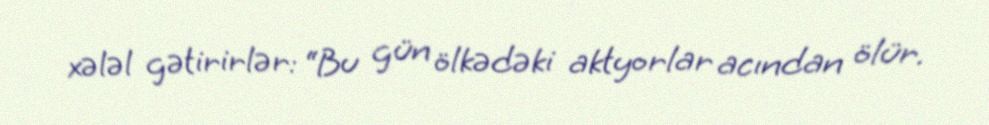
xələl gətirirlər: “Bu gün ölkədəki aktyorlar acından ölür.